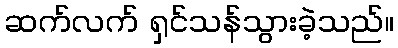
ဆက်လက် ရှင်သန်သွားခဲ့သည်။